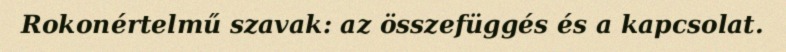
Rokonértelmű szavak: az összefüggés és a kapcsolat.